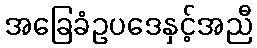
အခြေခံဥပဒေနှင့်အညီ